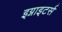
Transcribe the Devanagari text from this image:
इग्नाइटर्स